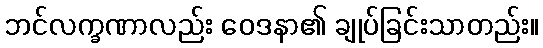
ဘင်လက္ခဏာလည်း ဝေဒနာ၏ ချုပ်ခြင်းသာတည်း။